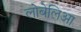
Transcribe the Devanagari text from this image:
लोबेलिआ